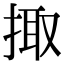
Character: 掫